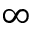
\infty